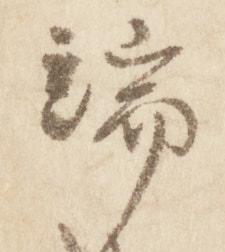
端